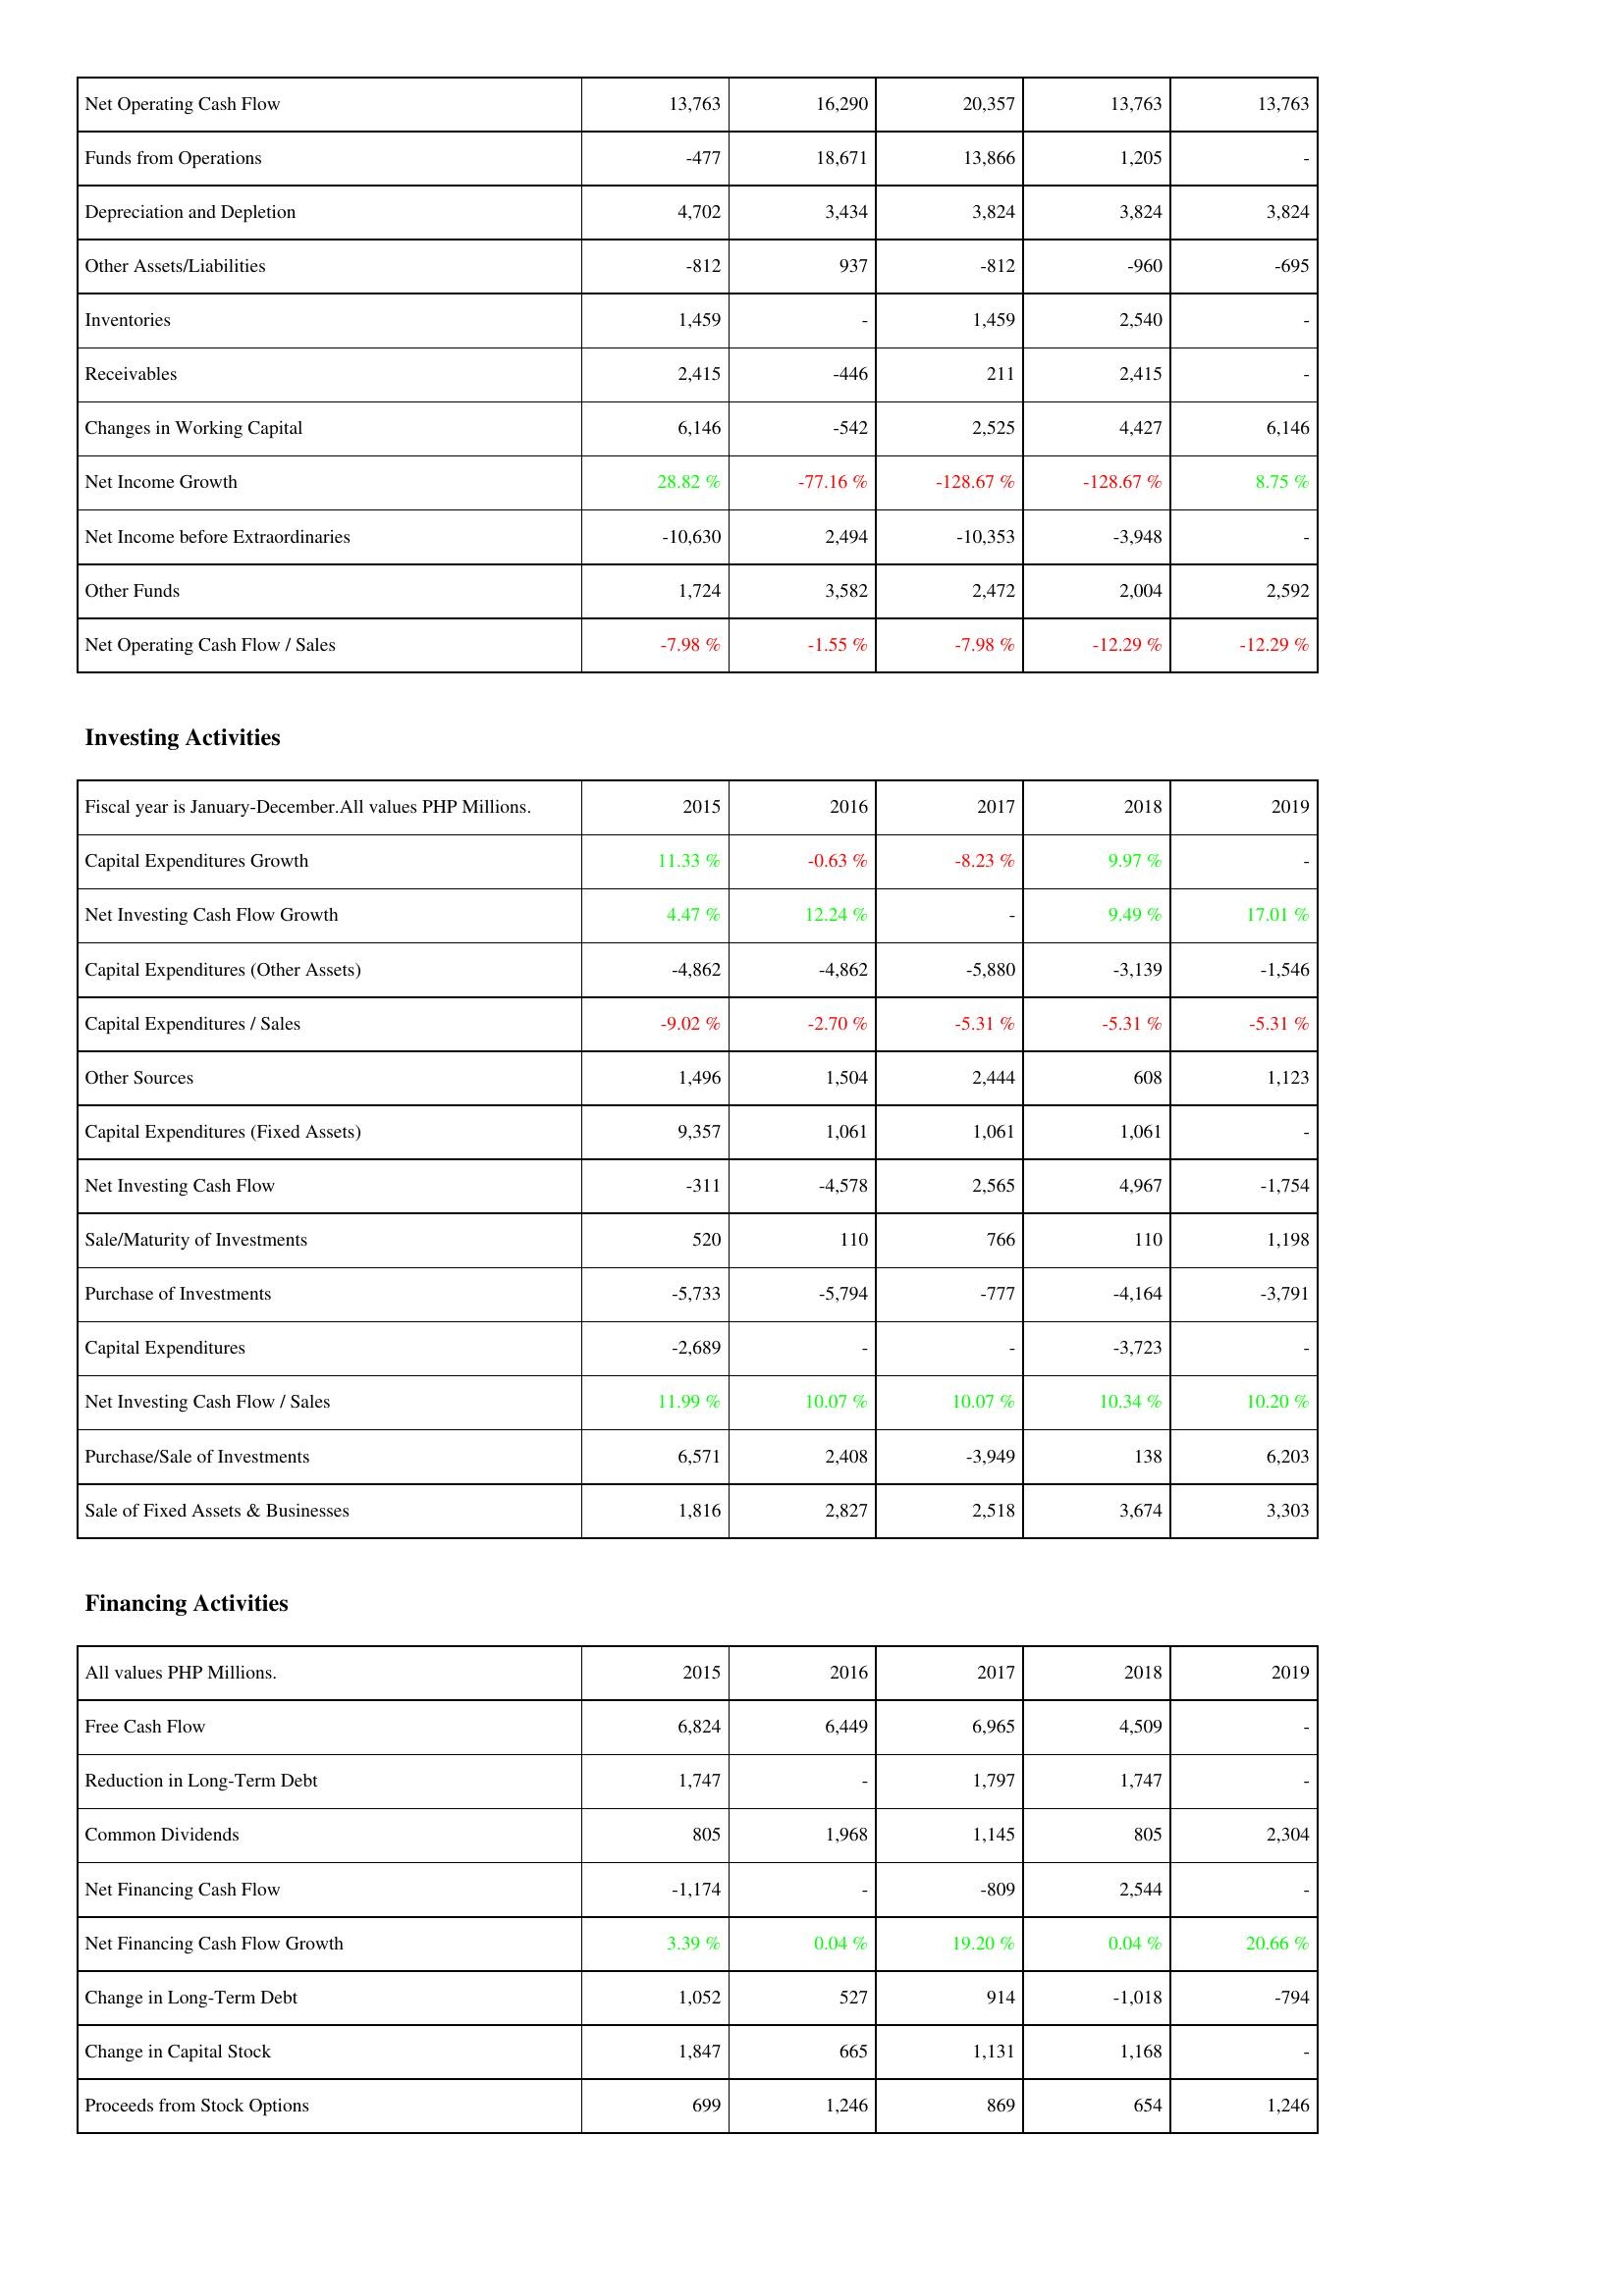
2015: Operating Activities: Net Operating Cash Flow: 13,763
Funds from Operations: -477
Depreciation and Depletion: 4,702
Other Assets/Liabilities: -812
Inventories: 1,459
Receivables: 2,415
Changes in Working Capital: 6,146
Net Income Growth: 28.82 %
Net Income before Extraordinaries: -10,630
Other Funds: 1,724
Net Operating Cash Flow / Sales: -7.98 %
Investing Activities: Capital Expenditures Growth: 11.33 %
Net Investing Cash Flow Growth: 4.47 %
Capital Expenditures (Other Assets): -4,862
Capital Expenditures / Sales: -9.02 %
Other Sources: 1,496
Capital Expenditures (Fixed Assets): 9,357
Net Investing Cash Flow: -311
Sale/Maturity of Investments: 520
Purchase of Investments: -5,733
Capital Expenditures: -2,689
Net Investing Cash Flow / Sales: 11.99 %
Purchase/Sale of Investments: 6,571
Sale of Fixed Assets & Businesses: 1,816
Financing Activities: Free Cash Flow: 6,824
Reduction in Long-Term Debt: 1,747
Common Dividends: 805
Net Financing Cash Flow: -1,174
Net Financing Cash Flow Growth: 3.39 %
Change in Long-Term Debt: 1,052
Change in Capital Stock: 1,847
Proceeds from Stock Options: 699
2016: Operating Activities: Net Operating Cash Flow: 16,290
Funds from Operations: 18,671
Depreciation and Depletion: 3,434
Other Assets/Liabilities: 937
Inventories: -
Receivables: -446
Changes in Working Capital: -542
Net Income Growth: -77.16 %
Net Income before Extraordinaries: 2,494
Other Funds: 3,582
Net Operating Cash Flow / Sales: -1.55 %
Investing Activities: Capital Expenditures Growth: -0.63 %
Net Investing Cash Flow Growth: 12.24 %
Capital Expenditures (Other Assets): -4,862
Capital Expenditures / Sales: -2.70 %
Other Sources: 1,504
Capital Expenditures (Fixed Assets): 1,061
Net Investing Cash Flow: -4,578
Sale/Maturity of Investments: 110
Purchase of Investments: -5,794
Capital Expenditures: -
Net Investing Cash Flow / Sales: 10.07 %
Purchase/Sale of Investments: 2,408
Sale of Fixed Assets & Businesses: 2,827
Financing Activities: Free Cash Flow: 6,449
Reduction in Long-Term Debt: -
Common Dividends: 1,968
Net Financing Cash Flow: -
Net Financing Cash Flow Growth: 0.04 %
Change in Long-Term Debt: 527
Change in Capital Stock: 665
Proceeds from Stock Options: 1,246
2017: Operating Activities: Net Operating Cash Flow: 20,357
Funds from Operations: 13,866
Depreciation and Depletion: 3,824
Other Assets/Liabilities: -812
Inventories: 1,459
Receivables: 211
Changes in Working Capital: 2,525
Net Income Growth: -128.67 %
Net Income before Extraordinaries: -10,353
Other Funds: 2,472
Net Operating Cash Flow / Sales: -7.98 %
Investing Activities: Capital Expenditures Growth: -8.23 %
Net Investing Cash Flow Growth: -
Capital Expenditures (Other Assets): -5,880
Capital Expenditures / Sales: -5.31 %
Other Sources: 2,444
Capital Expenditures (Fixed Assets): 1,061
Net Investing Cash Flow: 2,565
Sale/Maturity of Investments: 766
Purchase of Investments: -777
Capital Expenditures: -
Net Investing Cash Flow / Sales: 10.07 %
Purchase/Sale of Investments: -3,949
Sale of Fixed Assets & Businesses: 2,518
Financing Activities: Free Cash Flow: 6,965
Reduction in Long-Term Debt: 1,797
Common Dividends: 1,145
Net Financing Cash Flow: -809
Net Financing Cash Flow Growth: 19.20 %
Change in Long-Term Debt: 914
Change in Capital Stock: 1,131
Proceeds from Stock Options: 869
2018: Operating Activities: Net Operating Cash Flow: 13,763
Funds from Operations: 1,205
Depreciation and Depletion: 3,824
Other Assets/Liabilities: -960
Inventories: 2,540
Receivables: 2,415
Changes in Working Capital: 4,427
Net Income Growth: -128.67 %
Net Income before Extraordinaries: -3,948
Other Funds: 2,004
Net Operating Cash Flow / Sales: -12.29 %
Investing Activities: Capital Expenditures Growth: 9.97 %
Net Investing Cash Flow Growth: 9.49 %
Capital Expenditures (Other Assets): -3,139
Capital Expenditures / Sales: -5.31 %
Other Sources: 608
Capital Expenditures (Fixed Assets): 1,061
Net Investing Cash Flow: 4,967
Sale/Maturity of Investments: 110
Purchase of Investments: -4,164
Capital Expenditures: -3,723
Net Investing Cash Flow / Sales: 10.34 %
Purchase/Sale of Investments: 138
Sale of Fixed Assets & Businesses: 3,674
Financing Activities: Free Cash Flow: 4,509
Reduction in Long-Term Debt: 1,747
Common Dividends: 805
Net Financing Cash Flow: 2,544
Net Financing Cash Flow Growth: 0.04 %
Change in Long-Term Debt: -1,018
Change in Capital Stock: 1,168
Proceeds from Stock Options: 654
2019: Operating Activities: Net Operating Cash Flow: 13,763
Funds from Operations: -
Depreciation and Depletion: 3,824
Other Assets/Liabilities: -695
Inventories: -
Receivables: -
Changes in Working Capital: 6,146
Net Income Growth: 8.75 %
Net Income before Extraordinaries: -
Other Funds: 2,592
Net Operating Cash Flow / Sales: -12.29 %
Investing Activities: Capital Expenditures Growth: -
Net Investing Cash Flow Growth: 17.01 %
Capital Expenditures (Other Assets): -1,546
Capital Expenditures / Sales: -5.31 %
Other Sources: 1,123
Capital Expenditures (Fixed Assets): -
Net Investing Cash Flow: -1,754
Sale/Maturity of Investments: 1,198
Purchase of Investments: -3,791
Capital Expenditures: -
Net Investing Cash Flow / Sales: 10.20 %
Purchase/Sale of Investments: 6,203
Sale of Fixed Assets & Businesses: 3,303
Financing Activities: Free Cash Flow: -
Reduction in Long-Term Debt: -
Common Dividends: 2,304
Net Financing Cash Flow: -
Net Financing Cash Flow Growth: 20.66 %
Change in Long-Term Debt: -794
Change in Capital Stock: -
Proceeds from Stock Options: 1,246